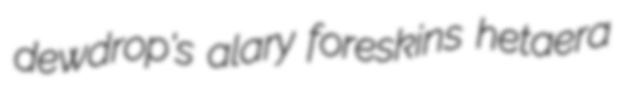
dewdrop's alary foreskins hetaera